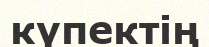
күпектің